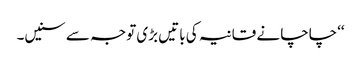
‘‘چاچا نے قانیہ کی باتیں بڑی توجہ سے سنیں۔